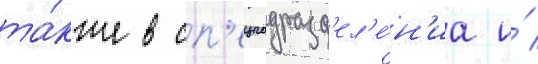
та́кже в сп'ецподразд'ел'е́н'иа и́